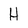
Character: H